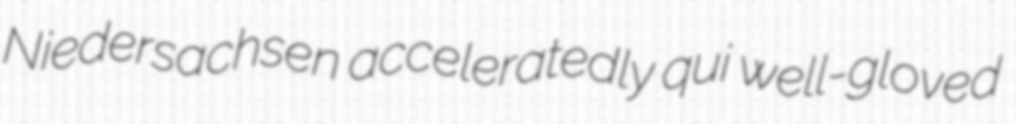
Niedersachsen acceleratedly qui well-gloved